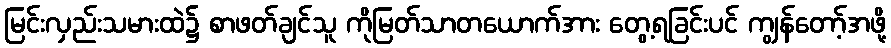
မြင်းလှည်းသမားထဲ၌ စာဖတ်ချင်သူ ကိုမြတ်သာတယောက်အား တွေ့ရခြင်းပင် ကျွန်တော့်အဖို့